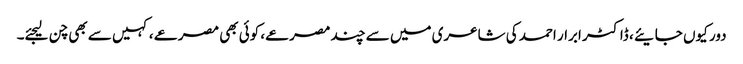
دور کیوں جایئے ، ڈاکٹر ابرار احمد کی شاعری میں سے چند مصرعے، کوئی بھی مصرعے ، کہیں سے بھی چن لیجئے۔